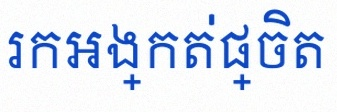
រកអង្កត់ផ្ចិត